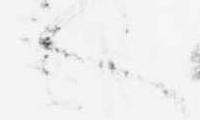
へ